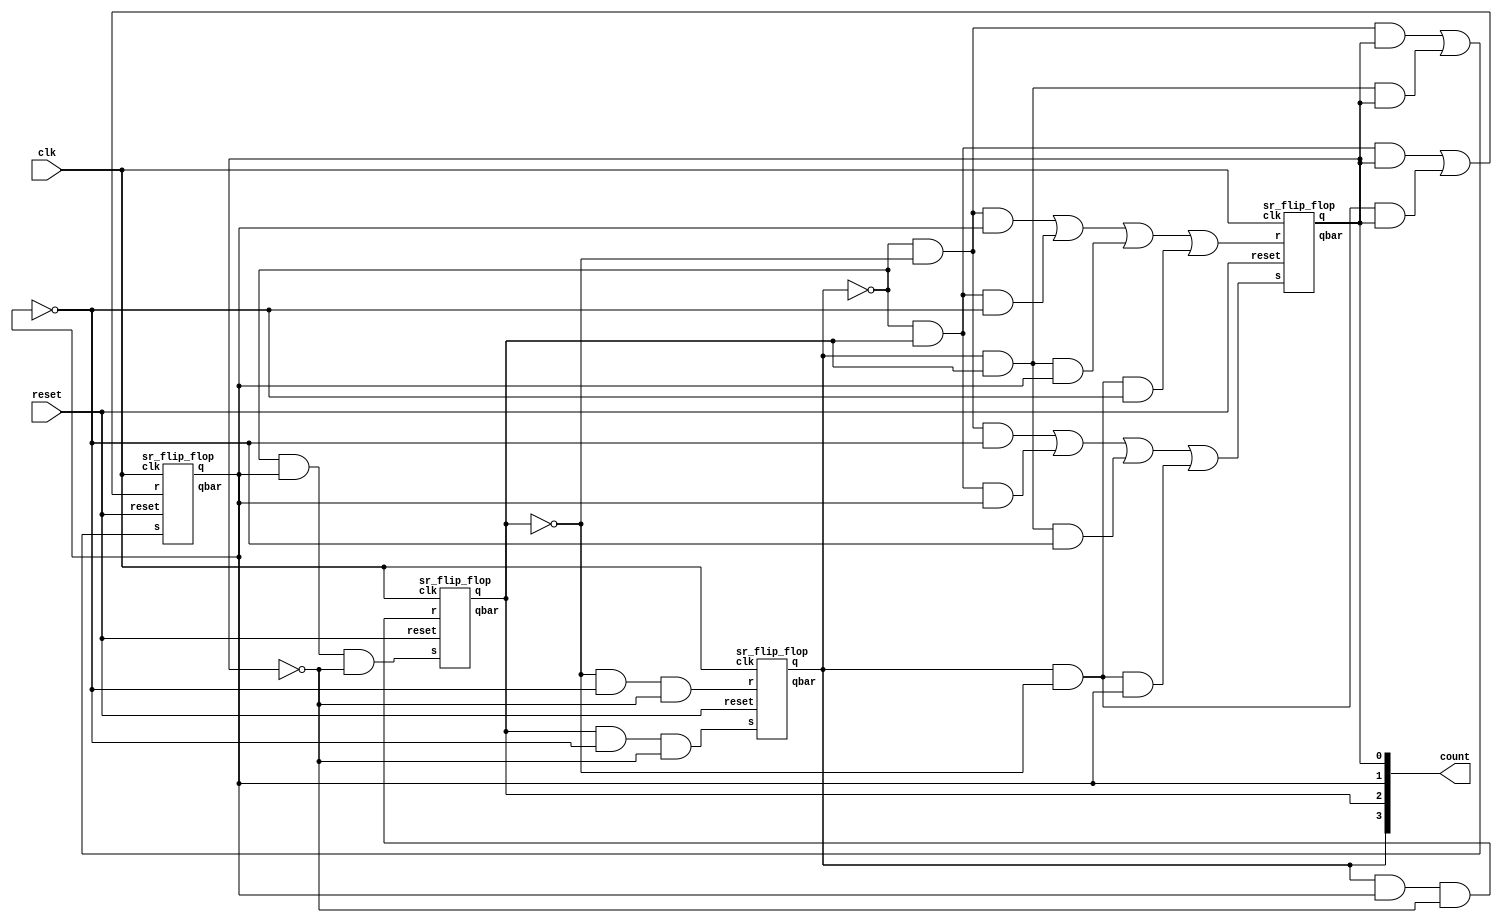
module grey_counter (clk,reset,count);

    input clk,reset;
    output[3:0] count;
    
    wire[3:0] S,R;
    wire[3:0] Q,Qbar;

    assign S[0] =   ((~Q[3]) & (~Q[2]) & (~Q[1])) 
                    | ((~Q[3]) & (Q[2]) & (Q[1])) 
                    | ((Q[3]) & (Q[2]) & (~Q[1])) 
                    | ((Q[3]) & (~Q[2]) & (Q[1]));
                    
    assign R[0] =   ((~Q[3]) & (~Q[2]) & (Q[1])) 
                    | ((~Q[3]) & (Q[2]) & (~Q[1])) 
                    | ((Q[3]) & (Q[2]) & (Q[1])) 
                    | ((Q[3]) & (~Q[2]) & (~Q[1]));

    assign S[1] =   ((~Q[3]) & (~Q[2]) & (Q[0])) 
                    | ((Q[3]) & (Q[2]) & (Q[0]));
    assign R[1] =   ((~Q[3]) & (Q[2]) & (Q[0])) 
                    | ((Q[3]) & (~Q[2]) & (Q[0]));

    assign S[2] =   ((~Q[3]) & (Q[1]) & (~Q[0]));
    assign R[2] =   ((Q[3]) & (Q[1]) & (~Q[0]));
    assign S[3] =   ((Q[2]) & (~Q[1]) & (~Q[0]));
    assign R[3] =   ((~Q[2]) & (~Q[1]) & (~Q[0]));

    sr_flip_flop FF1(.s(S[0]),.r(R[0]),.clk(clk),.reset(reset),
                    .q(Q[0]),.qbar(Qbar[0]));

    sr_flip_flop FF2(.s(S[1]),.r(R[1]),.clk(clk),.reset(reset),
                    .q(Q[1]),.qbar(Qbar[1]));

    sr_flip_flop FF3(.s(S[2]),.r(R[2]),.clk(clk),.reset(reset),
                    .q(Q[2]),.qbar(Qbar[2]));
                    
    sr_flip_flop FF4(.s(S[3]),.r(R[3]),.clk(clk),.reset(reset),
                    .q(Q[3]),.qbar(Qbar[3]));

    assign count = Q;
   
endmodule

module sr_flip_flop(s,r,clk,reset, q, qbar);

    input s,r,clk,reset;
    output reg q, qbar;

    always@(reset,clk)
        begin
        if (reset == 0) begin
            q <= 0;
        end
        else if(clk==1)
        begin

        if(s == 1)
            begin
            q <= 1;
            qbar <= 0;
            end
        else if(r == 1)
            begin
            q <= 0;
            qbar <=1;
            end
        else if(s == 0 & r == 0) 
            begin 
            q <= q;
            qbar <= qbar;
            end
        end
        end
endmodule